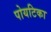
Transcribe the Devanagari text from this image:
पोयटिका